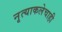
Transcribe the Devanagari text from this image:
नृत्याकलेचाही